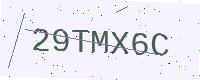
Text: 29TMX6C